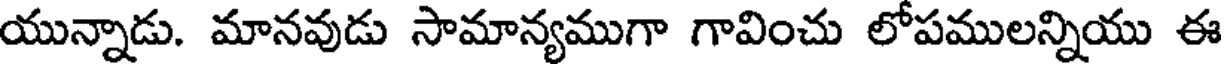
యున్నాడు. మానవుడు సామాన్యముగా గావించు లోపములన్నియు ఈ